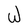
Character: W